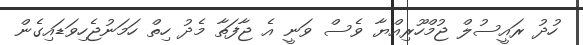
ހުދު ރައީސުލް ޖުމްހޫރިއްޔާ ވެސް ވަނީ އެ ޖާފަތާ މެދު ހިތް ހަމަނުޖެހިވަޑައިގެން